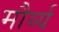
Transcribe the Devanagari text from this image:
मौर्य्य